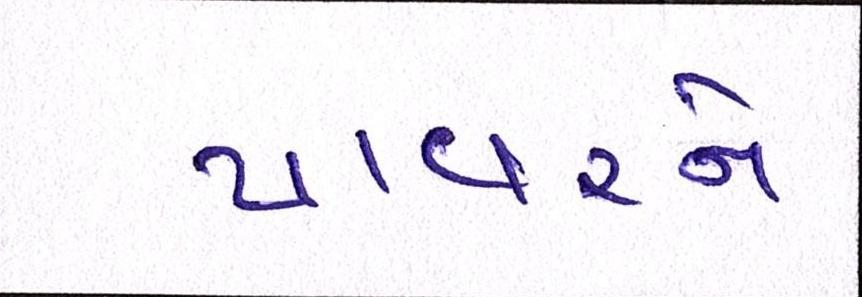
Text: પાવરને